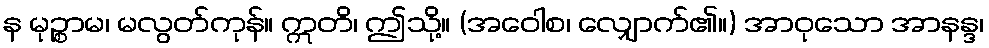
န မုဉ္စာမ၊ မလွတ်ကုန်။ ဣတိ၊ ဤသို့။ (အဝေါစ၊ လျှောက်၏။) အာဝုသော အာနန္ဒ၊